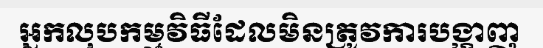
អ្នកលុបកម្មវិធីដែលមិនត្រូវការបង្ហាញ